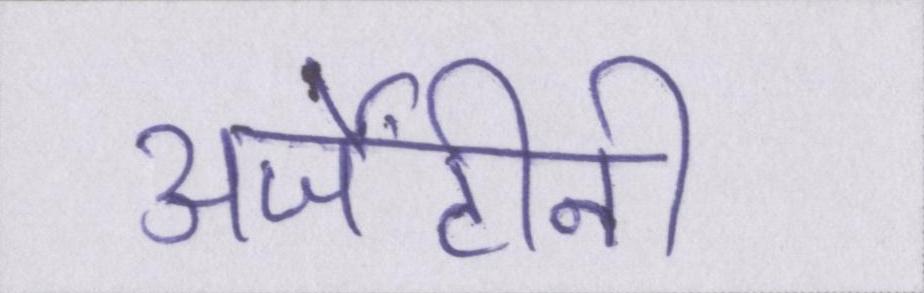
अर्जेंटीनी